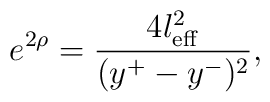
e^{2\rho}=\frac{4l^2_{\rm eff}}{(y^+ - y^-)^2},